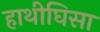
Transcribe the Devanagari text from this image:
हाथीघिसा